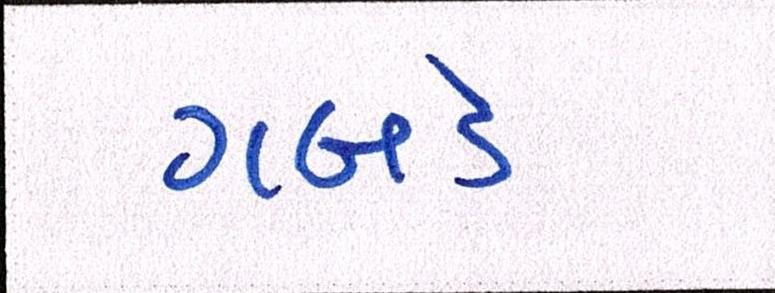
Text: ગબડે